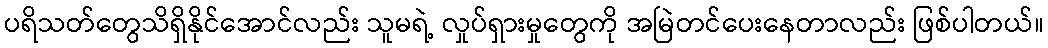
ပရိသတ်တွေသိရှိနိုင်အောင်လည်း သူမရဲ့ လှုပ်ရှားမှုတွေကို အမြဲတင်ပေးနေတာလည်း ဖြစ်ပါတယ်။